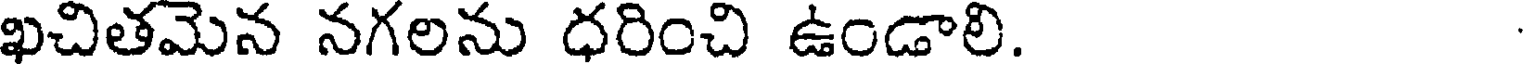
ఖచితమెన నగలను ధరించి ఉండాలి.